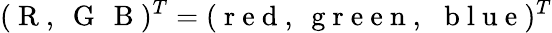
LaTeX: (\mathrm{~R~,~\ G~\, ~B~})^{T}=(\mathrm{~r~e~d~,~\ g~r~e~e~n~,~\, ~b~l~u~e~})^{T}